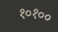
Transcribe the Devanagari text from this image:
१०१००